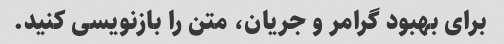
برای بهبود گرامر و جریان، متن را بازنویسی کنید.